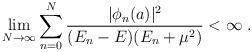
LaTeX: \begin{align*}\lim_{N\to \infty} \sum_{n=0}^N \frac{|\phi_n(a)|^2}{(E_n-E)(E_n + \mu^2 )} < \infty \;.\end{align*}